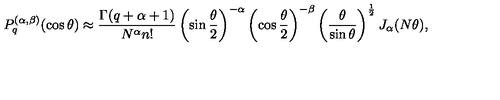
P _ { q } ^ { ( \alpha , \beta ) } ( \cos \theta ) \approx \frac { \Gamma ( q + \alpha + 1 ) } { N ^ { \alpha } n ! } \left( \sin \frac { \theta } 2 \right) ^ { - \alpha } \left( \cos \frac { \theta } 2 \right) ^ { - \beta } \left( \frac { \theta } { \sin \theta } \right) ^ { \frac 1 2 } J _ { \alpha } ( N \theta ) ,